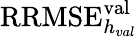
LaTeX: \mathrm{RRMSE}_{h_{val}}^{\mathrm{val}}